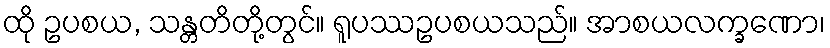
ထို ဥပစယ, သန္တတိတို့တွင်။ ရူပဿဥပစယသည်။ အာစယလက္ခဏော၊